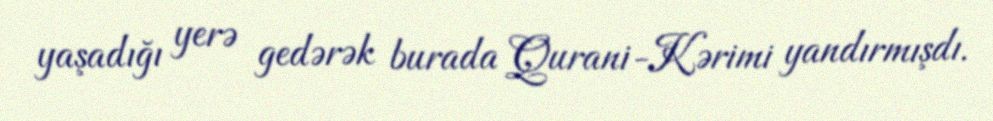
yaşadığı yerə gedərək burada Qurani-Kərimi yandırmışdı.